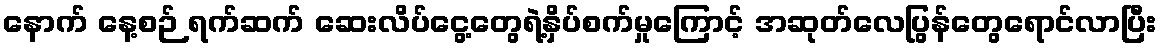
နောက် နေ့စဉ် ရက်ဆက် ဆေးလိပ်ငွေ့တွေရဲ့နှိပ်စက်မှုကြောင့် အဆုတ်လေပြွန်တွေရောင်လာပြီး